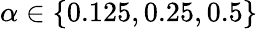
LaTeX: \alpha\in\{ 0.125,0.25,0.5\}